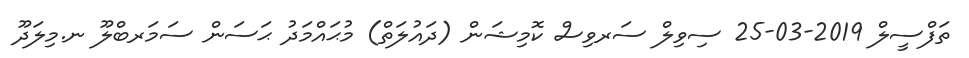
ތަފްސީލް 2019-03-25 ސިވިލް ސަރވިސް ކޮމިޝަން (ދައުލަތް) މުޙައްމަދު ޙަސަން ސަމަރބްލޫ ނ.މިލަދޫ